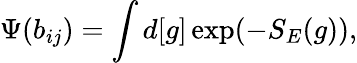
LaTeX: \Psi(b_{ij})=\int d[g]\exp(-S_{E}(g)),